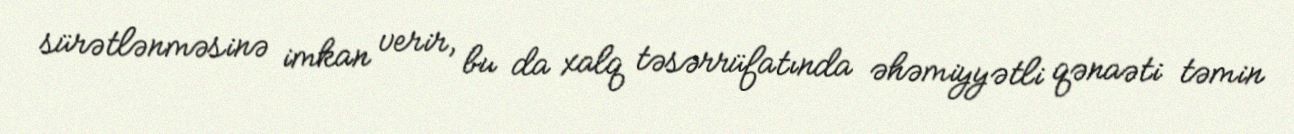
sürətlənməsinə imkan verir, bu da xalq təsərrüfatında əhəmiyyətli qənaəti təmin